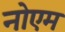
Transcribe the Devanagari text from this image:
नोएम